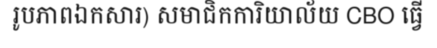
រូបភាពឯកសារ) សមាជិកការិយាល័យ CBO ធ្វើ